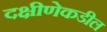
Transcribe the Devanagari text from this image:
दक्षीणेकडील